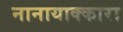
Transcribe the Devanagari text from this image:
नानायाक्कारा